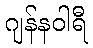
ဂျန်နဝါရီ